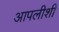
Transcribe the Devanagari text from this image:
आपलीशी